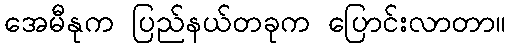
အေမီနုက ပြည်နယ်တခုက ပြောင်းလာတာ။